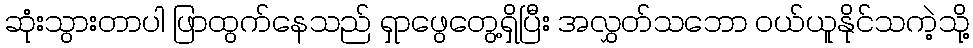
ဆုံးသွားတာပါ ဖြာထွက်နေသည် ရှာဖွေတွေ့ရှိပြီး အလွှတ်သဘော ဝယ်ယူနိုင်သကဲ့သို့